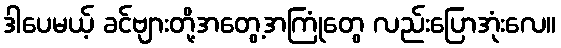
ဒါပေမယ့် ခင်ဗျားတို့အတွေ့အကြုံတွေ လည်းပြောအုံးလေ။